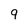
Character: q